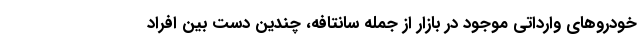
خودروهای وارداتی موجود در بازار از جمله سانتافه، چندین دست بین افراد